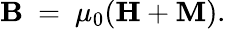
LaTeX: \mathbf{B}\ =\ \mu_{0}(\mathbf{H}+\mathbf{M}).